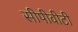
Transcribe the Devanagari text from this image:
सीपीवीटी